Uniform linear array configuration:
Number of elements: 24
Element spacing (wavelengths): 0.25
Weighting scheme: cosine
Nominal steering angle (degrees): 60
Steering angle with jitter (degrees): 58.76
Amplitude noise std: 0.05
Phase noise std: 0.05

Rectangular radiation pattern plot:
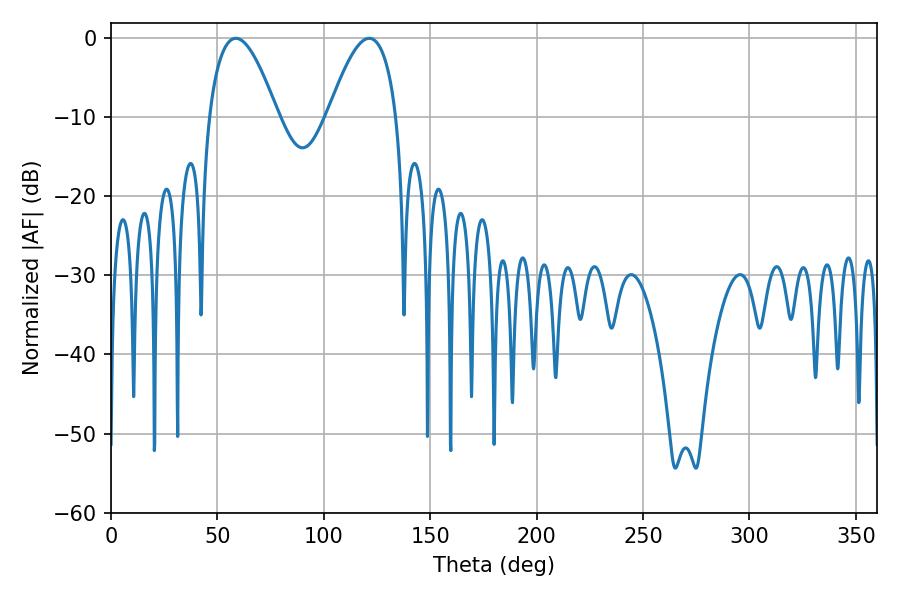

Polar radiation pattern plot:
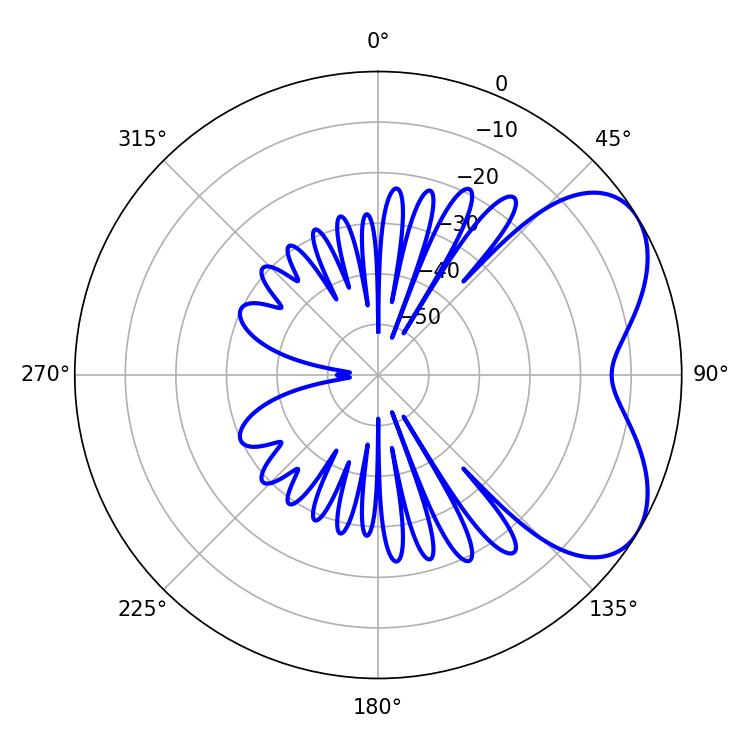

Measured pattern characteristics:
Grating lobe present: FALSE
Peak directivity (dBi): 5.315
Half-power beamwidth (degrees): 17.64
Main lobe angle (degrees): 58.68